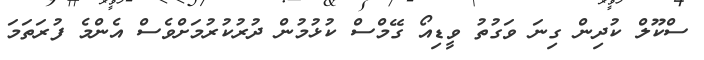
ސްކޫލް ކުދިން ގިނަ ވަގުތު ވީޑިއޯ ގޭމްސް ކުޅުމުން ދުރުކުރުމަށްވެސް އެންމެ ފުރަތަމަ